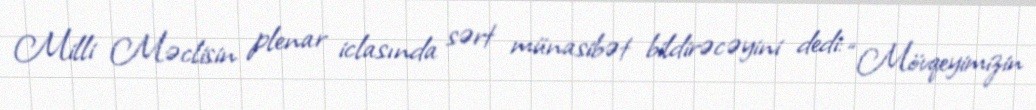
Milli Məclisin plenar iclasında sərt münasibət bildirəcəyini dedi: “Mövqeyimizin